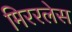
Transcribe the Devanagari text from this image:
मिररलेस